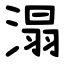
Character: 溻